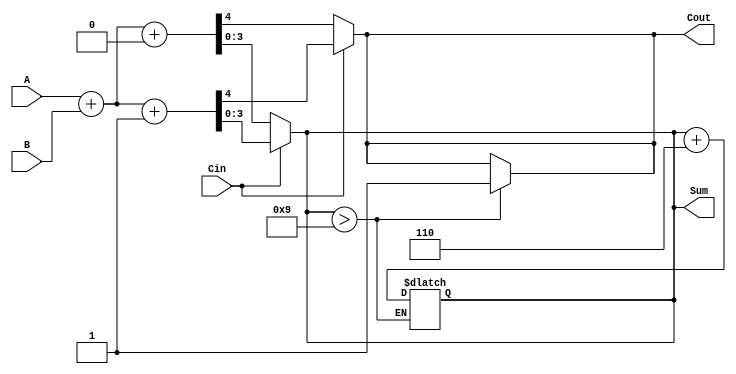
module BCD_MCSA (
    input [3:0] A,       // 4-bit BCD input A
    input [3:0] B,       // 4-bit BCD input B
    input Cin,           // Carry-in bit
    output reg [3:0] Sum,// 4-bit BCD sum output
    output reg Cout      // Carry-out bit
);

    reg [4:0] sum_0, sum_1; // Intermediate sums for carry-in 0 and 1
    reg carry_0, carry_1;    // Intermediate carries for carry-in 0 and 1

    // BCD correction value
    parameter BCD_CORRECTION = 4'b0110;

    // Initial binary addition for both carry-in conditions
    always @(*) begin
        // Calculate preliminary sums and carries for carry-in 0
        sum_0 = A + B + 4'b0000; // Carry-in = 0
        carry_0 = sum_0[4];

        // Calculate preliminary sums and carries for carry-in 1
        sum_1 = A + B + 4'b0001; // Carry-in = 1
        carry_1 = sum_1[4];
    end

    // Select the correct sum and carry based on the input carry-in
    always @(*) begin
        if (Cin) begin
            Sum = sum_1[3:0];  // Use sum with carry-in 1
            Cout = carry_1;
        end else begin
            Sum = sum_0[3:0];  // Use sum with carry-in 0
            Cout = carry_0;
        end
    end

    // BCD Correction logic
    always @(*) begin
        // Check for BCD correction
        if (Sum > 9) begin
            Sum = Sum + BCD_CORRECTION;
            Cout = 1; // Set carry-out for corrections as it will exceed 9
        end else begin
            Cout = (Cin) ? carry_1 : carry_0; // Maintain carry-out if no correction needed
        end
    end
endmodule